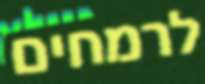
לרמחים